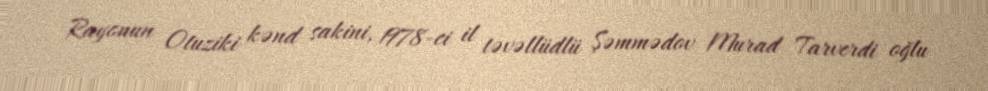
Rayonun Otuziki kənd sakini, 1978-ci il təvəllüdlü Şəmmədov Murad Tarverdi oğlu